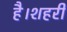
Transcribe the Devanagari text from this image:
है।शहरी